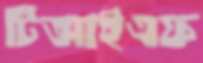
টিআইএফ